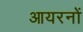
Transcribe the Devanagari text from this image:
आयरनों